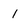
Character: 1